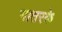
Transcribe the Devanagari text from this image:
भातरके